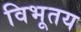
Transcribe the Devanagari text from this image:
विभूतय